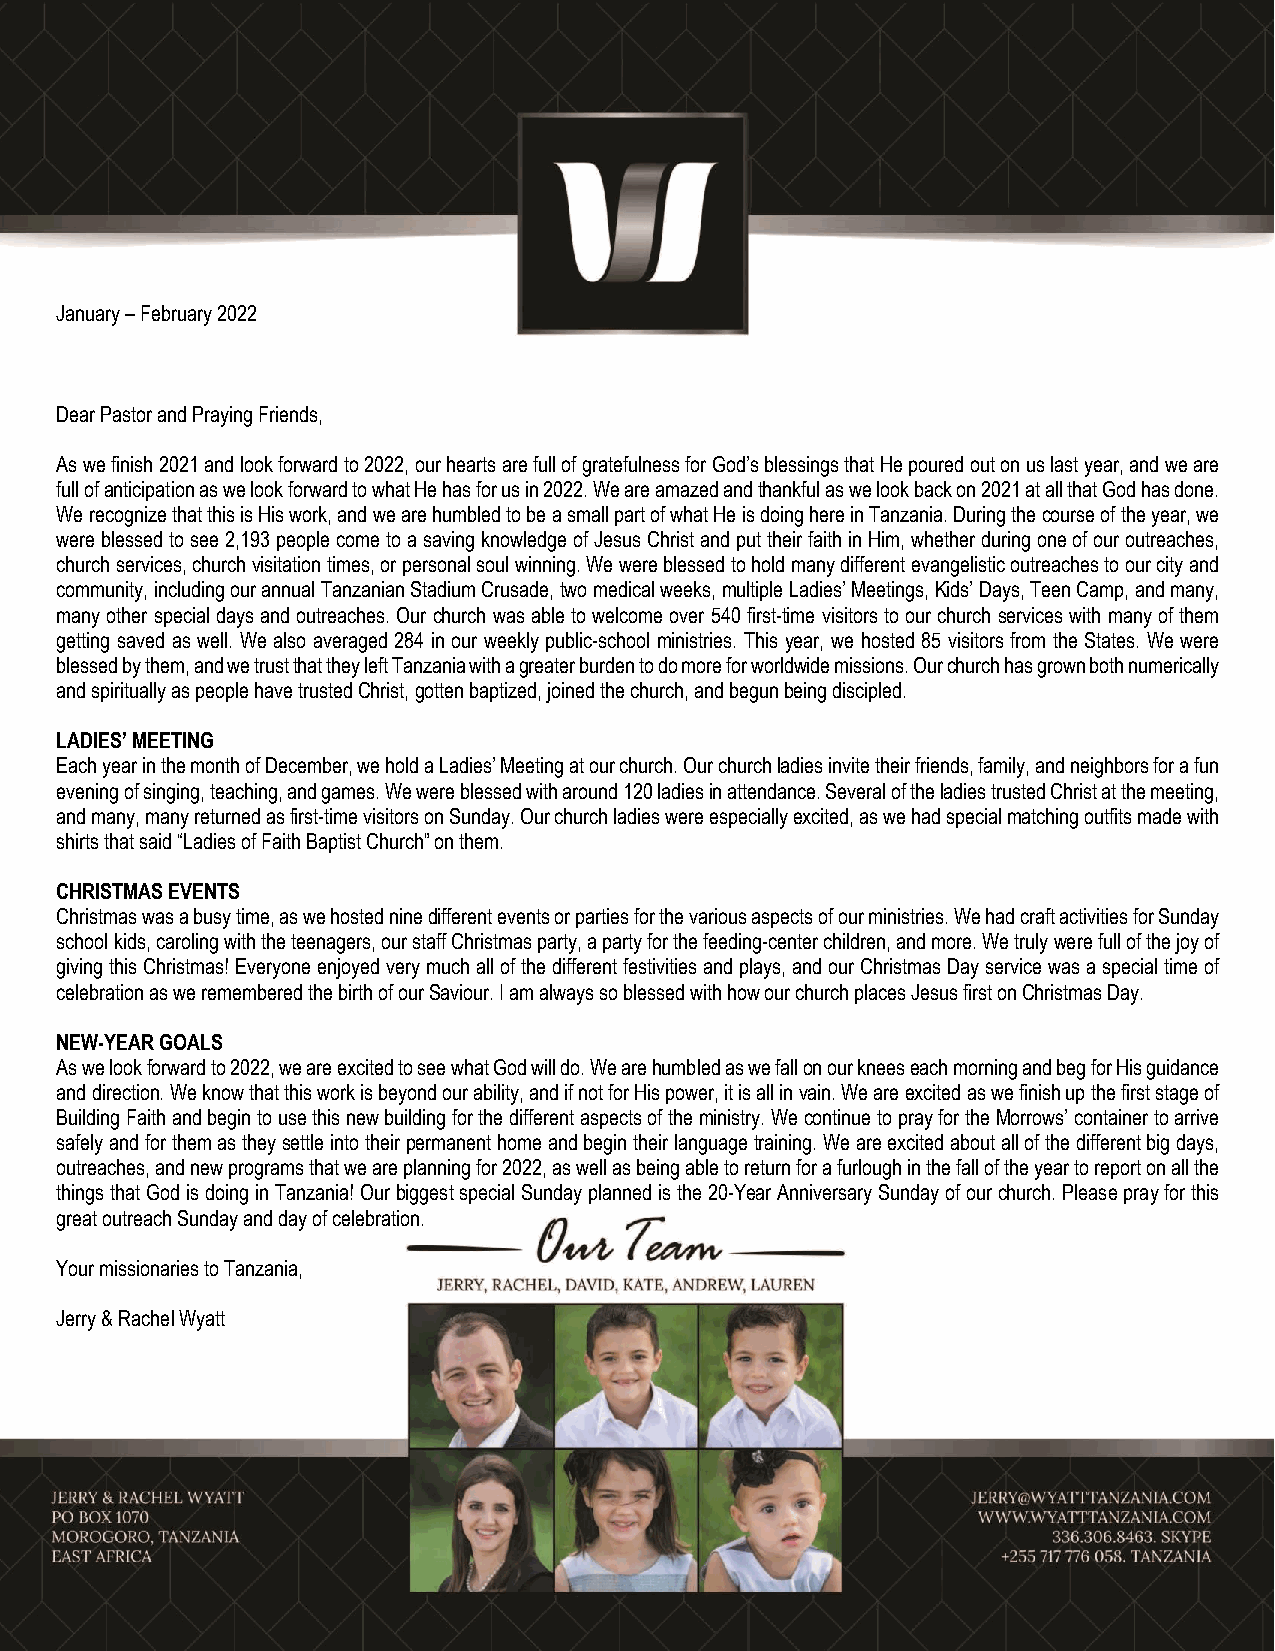
January – February 2022
 Dear Pastor and Praying Friends,
 As we finish 2021 and look forward to 2022, our hearts are full of gratefulness for God’s blessings that He poured out on us last year, and we are
 full of anticipation as we look forward to what He has for us in 2022. We are amazed and thankful as we look back on 2021 at all that God has done.
 We recognize that this is His work, and we are humbled to be a small part of what He is doing here in Tanzania. During the course of the year, we
 were blessed to see 2,193 people come to a saving knowledge of Jesus Christ and put their faith in Him, whether during one of our outreaches,
 church services, church visitation times, or personal soul winning. We were blessed to hold many different evangelistic outreaches to our city and
 community, including our annual Tanzanian Stadium Crusade, two medical weeks, multiple Ladies’ Meetings, Kids’ Days, Teen Camp, and many,
 many other special days and outreaches. Our church was able to welcome over 540 first-time visitors to our church services with many of them
 getting saved as well. We also averaged 284 in our weekly public-school ministries. This year, we hosted 85 visitors from the States. We were
 blessed by them, and we trust that they left Tanzania with a greater burden to do more for worldwide missions. Our church has grown both numerically
 and spiritually as people have trusted Christ, gotten baptized, joined the church, and begun being discipled.
 LADIES’ MEETING
 Each year in the month of December, we hold a Ladies’ Meeting at our church. Our church ladies invite their friends, family, and neighbors for a fun
 evening of singing, teaching, and games. We were blessed with around 120 ladies in attendance. Several of the ladies trusted Christ at the meeting,
 and many, many returned as first-time visitors on Sunday. Our church ladies were especially excited, as we had special matching outfits made with
 shirts that said “Ladies of Faith Baptist Church” on them.
 CHRISTMAS EVENTS
 Christmas was a busy time, as we hosted nine different events or parties for the various aspects of our ministries. We had craft activities for Sunday
 school kids, caroling with the teenagers, our staff Christmas party, a party for the feeding-center children, and more. We truly were full of the joy of
 giving this Christmas! Everyone enjoyed very much all of the different festivities and plays, and our Christmas Day service was a special time of
 celebration as we remembered the birth of our Saviour. I am always so blessed with how our church places Jesus first on Christmas Day.
 NEW-YEAR GOALS
 As we look forward to 2022, we are excited to see what God will do. We are humbled as we fall on our knees each morning and beg for His guidance
 and direction. We know that this work is beyond our ability, and if not for His power, it is all in vain. We are excited as we finish up the first stage of
 Building Faith and begin to use this new building for the different aspects of the ministry. We continue to pray for the Morrows’ container to arrive
 safely and for them as they settle into their permanent home and begin their language training. We are excited about all of the different big days,
 outreaches, and new programs that we are planning for 2022, as well as being able to return for a furlough in the fall of the year to report on all the
 things that God is doing in Tanzania! Our biggest special Sunday planned is the 20-Year Anniversary Sunday of our church. Please pray for this
 great outreach Sunday and day of celebration.
 Your missionaries to Tanzania,
 Jerry & Rachel Wyatt